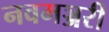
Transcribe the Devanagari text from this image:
नवमञ्जरी